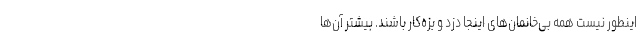
اینطور نیست همه‌ بی‌خانمان‌های اینجا دزد و بزه‌کار باشند. بیشتر آن‌ها